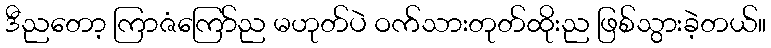
ဒီညတော့ ကြာဇံကြော်ည မဟုတ်ပဲ ဝက်သားတုတ်ထိုးည ဖြစ်သွားခဲ့တယ်။